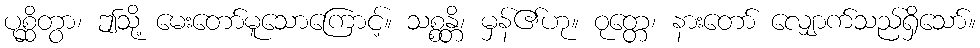
ပုစ္ဆိတွာ၊ ဤသို့ မေးတော်မူသောကြောင့်။ သစ္စန္တိ၊ မှန်၏ဟု။ ဝုတ္တေ၊ နားတော် လျှောက်သည်ရှိသော်။